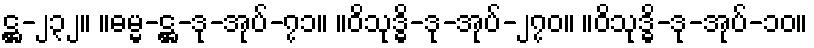
ဋ္ဌ-၂၃၂။ ။ဓမ္မ-ဋ္ဌ-ဒု-အုပ်-၇၁။ ။ဝိသုဒ္ဓိ-ဒု-အုပ်-၂၇၀။ ။ဝိသုဒ္ဓိ-ဒု-အုပ်-၁၀။